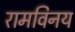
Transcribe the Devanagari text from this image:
रामविनय